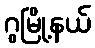
ဂွမြို့နယ်